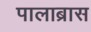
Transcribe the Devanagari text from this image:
पालाब्रास